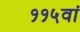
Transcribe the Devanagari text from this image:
११५वां